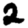
Digit: 2